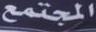
المجتمع